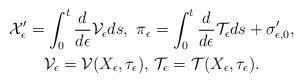
LaTeX: \begin{align*}\begin{gathered}\mathcal{X}_\epsilon ' = \int_0 ^t \frac{d}{d\epsilon} \mathcal{V}_\epsilon ds,\,\, \pi_\epsilon = \int_0 ^t \frac{d}{d\epsilon} \mathcal{T}_\epsilon ds + \sigma_{\epsilon, 0} ', \\\mathcal{V}_\epsilon = \mathcal{V} (X_\epsilon, \tau_\epsilon), \, \mathcal{T}_\epsilon = \mathcal{T} (X_\epsilon, \tau_\epsilon). \end{gathered}\end{align*}